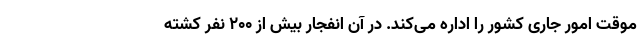
موقت امور جاری کشور را اداره می‌کند. در آن انفجار بیش از ۲۰۰ نفر کشته